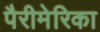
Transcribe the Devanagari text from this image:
पैरीमेरिका